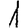
Digit: 1